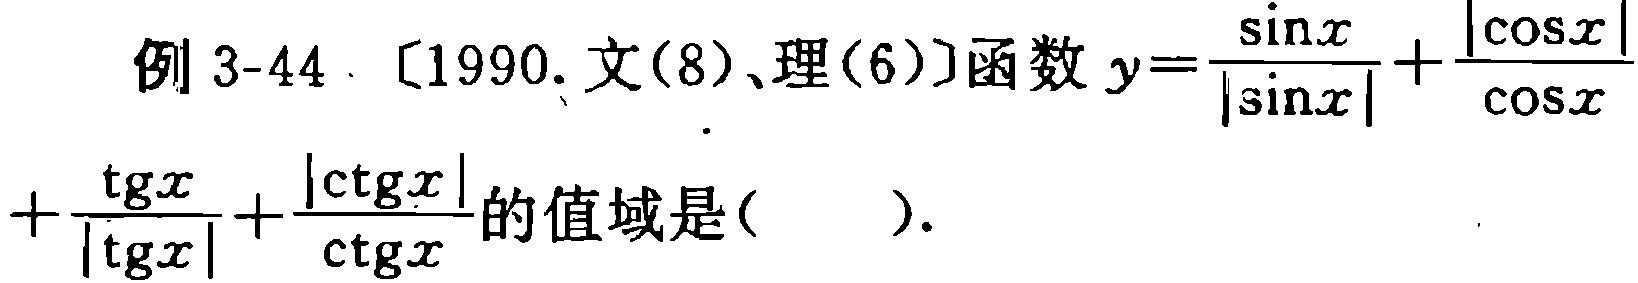
例 3-44. [1990.文(8)、理(6)]函数\(y = \frac{\sin x}{|\sin x|}+\frac{|\cos x|}{\cos x}+\frac{\operatorname{tg}x}{|\operatorname{tg}x|}+\frac{|\operatorname{ctg}x|}{\operatorname{ctg}x}\)的值域是( )。